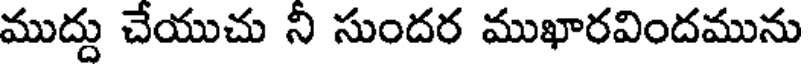
ముద్దు చేయుచు నీ సుందర ముఖారవిందమును